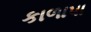
કાળાપા